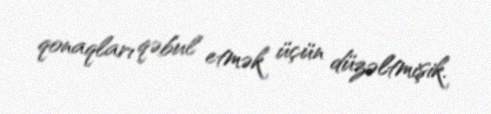
qonaqları qəbul etmək üçün düzəltmişik.